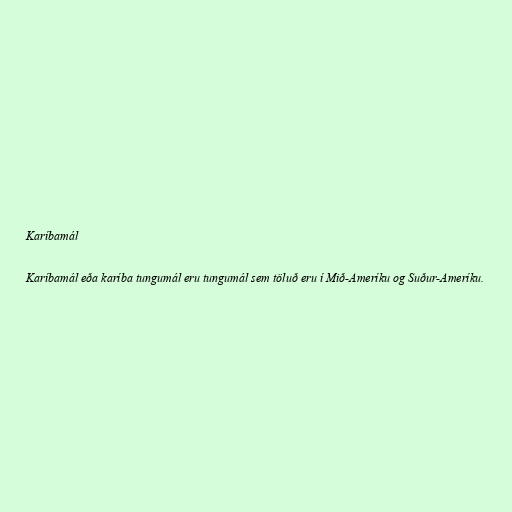
Karíbamál

Karíbamál eða karíba tungumál eru tungumál sem töluð eru í Mið-Ameríku og Suður-Ameríku.